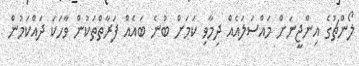
ލޯންޗުގެ އިންޖީނަށް މައްސަލައެއް ދިމާވި ކަމަށް ބުނެ ބައެއް ފަރާތްތަކުން ވާހަކަ ދައްކަމުން